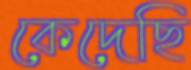
কেদেছি